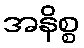
အနိစ္စ